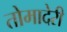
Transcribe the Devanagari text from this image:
तोमादेरी